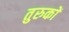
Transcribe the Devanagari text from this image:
तुरुकों